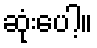
ဆုံးပေါ့။